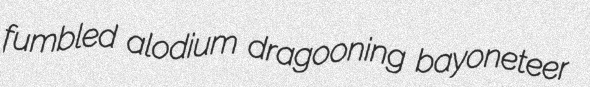
fumbled alodium dragooning bayoneteer